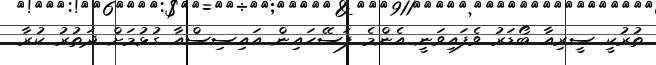
ތުރުކީ ސީރިއާ ބޯޑަރު ވެފައިވަނީ އެންމެ ފަސޭހައިން އައިސިސްއާ ގުޅުމަށް ދަތުރު ކުރާ